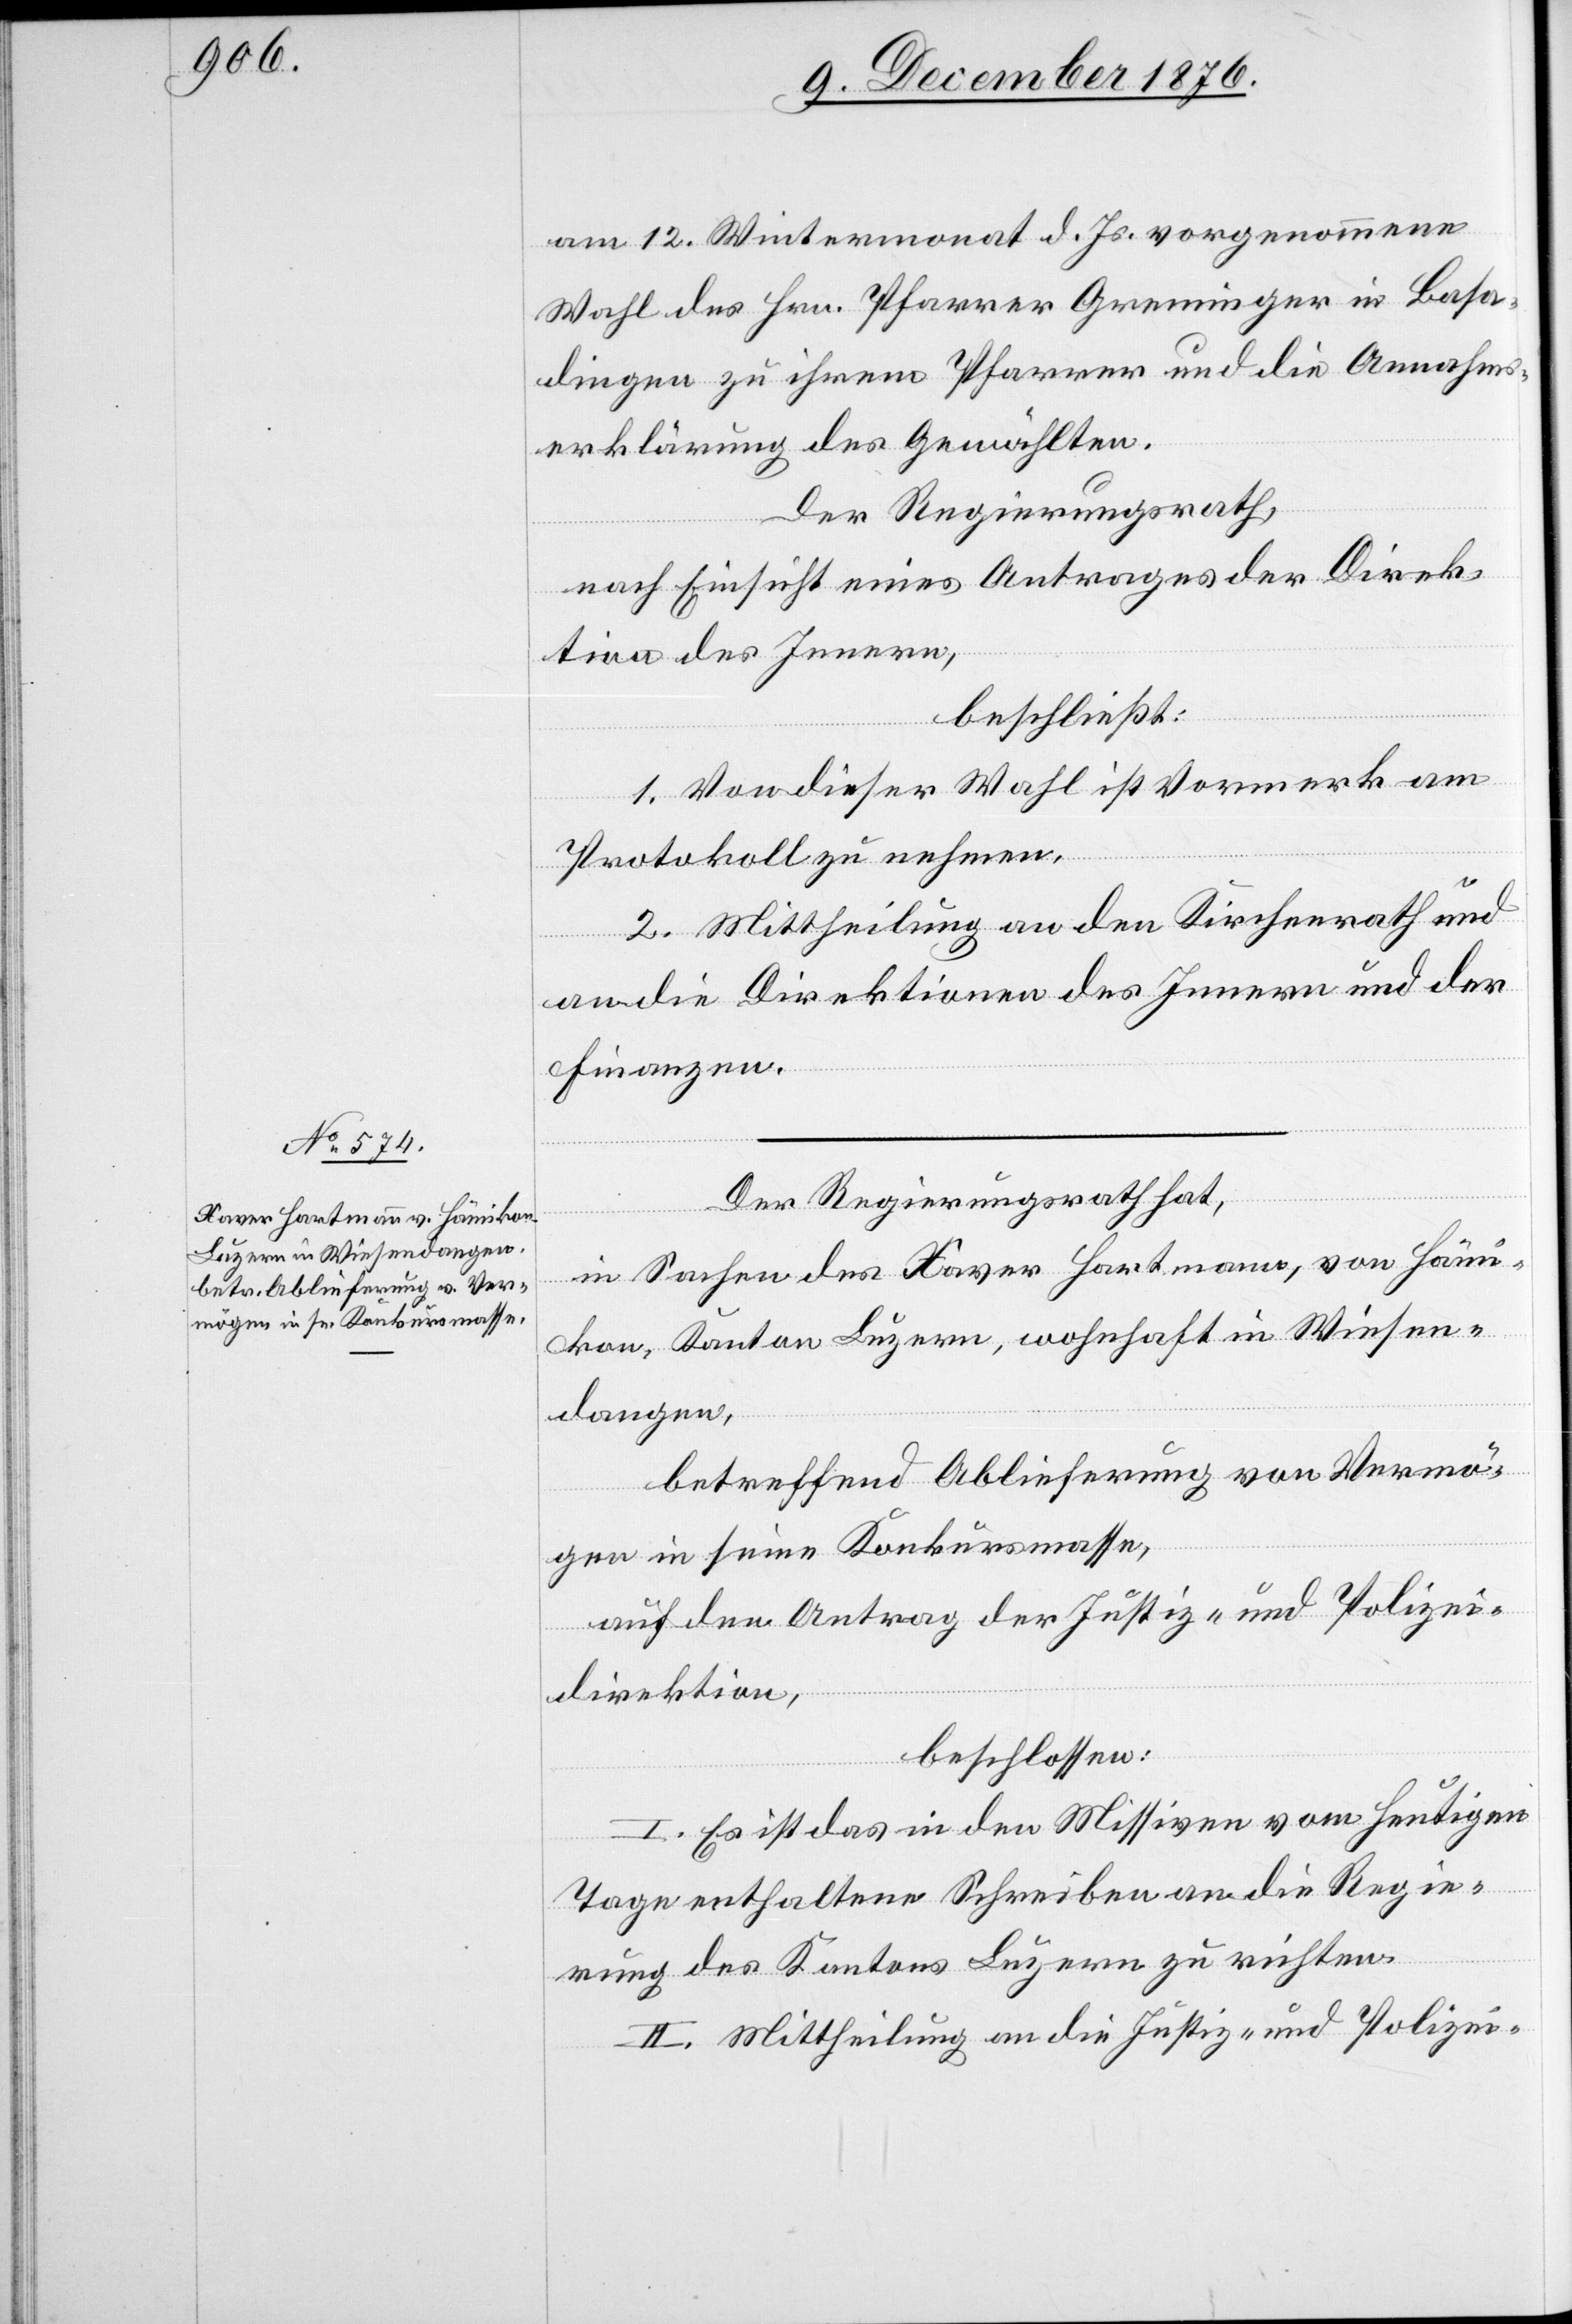
am 12. Wintermonat d. Js. vorgenommene
Wahl des Hrn. Pfarrer Greminger in Basa¬
dingen zu ihrem Pfarrer und die Annahms¬
erklärung des Gewählten.
Der Regierungsrath,
nach Einsicht eines Antrages der Direk¬
tion des Innern,
beschließt:
1. Von dieser Wahl ist Vormerk am
Protokoll zu nehmen.
1. Mittheilung an den Kirchenrath und
an die Direktionen des Innern und der
Finanzen.
Der Regierungsrath hat,
in Sachen des Xaver Hartmann, von Hämi¬
kon, Kanton Luzern, wohnhaft in Wiesen¬
dangen,
betreffend Ablieferung von Vermö¬
gen in seine Konkursmasse,
auf den Antrag der Justiz- und Polizei¬
direktion,
beschlossen:
I. Es ist das in den Missiven vom heutigen
Tage enthaltene Schreiben an die Regie¬
rung des Kantons Luzern zu richten.
II. Mittheilung an die Justiz- und Polizei-